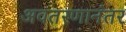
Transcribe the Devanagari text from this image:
अवतरणानंतर